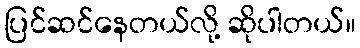
ပြင်ဆင်နေတယ်လို့ ဆိုပါတယ်။